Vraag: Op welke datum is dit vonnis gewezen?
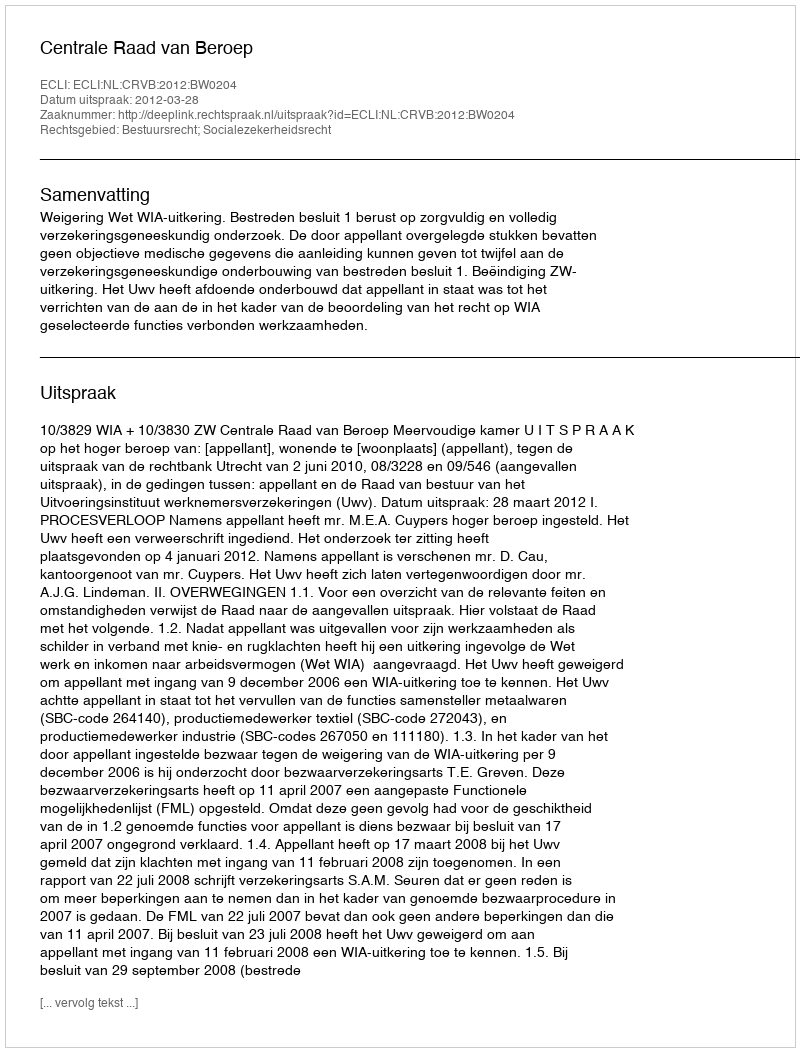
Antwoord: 2012-03-28